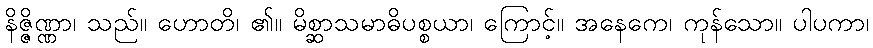
နိဇ္ဇိဏ္ဏာ၊ သည်။ ဟောတိ၊ ၏။ မိစ္ဆာသမာဓိပစ္စယာ၊ ကြောင့်။ အနေကေ၊ ကုန်သော။ ပါပကာ၊